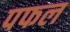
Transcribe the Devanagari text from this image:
पफल